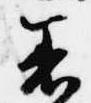
着